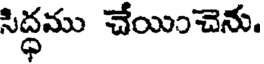
సిద్ధము చేయించెను.